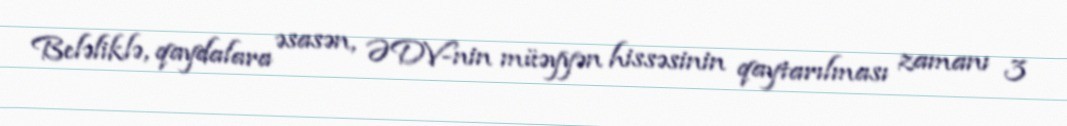
Beləliklə, qaydalara əsasən, ƏDV-nin müəyyən hissəsinin qaytarılması zamanı 3